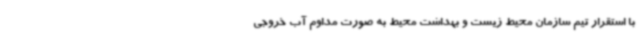
با استقرار تیم سازمان محیط زیست و بهداشت محیط به صورت مداوم آب خروجی